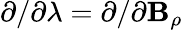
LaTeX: \partial/\partial\lambda=\partial/\partial\mathbf{B}_{\rho}